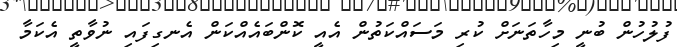
ފުލުހުން ބުނީ މިހާތަނަށް ކުރި މަސައްކަތުން އެއީ ކޮންބައެއްކަން އެނގިފައި ނުވާތީ އެކަމާ